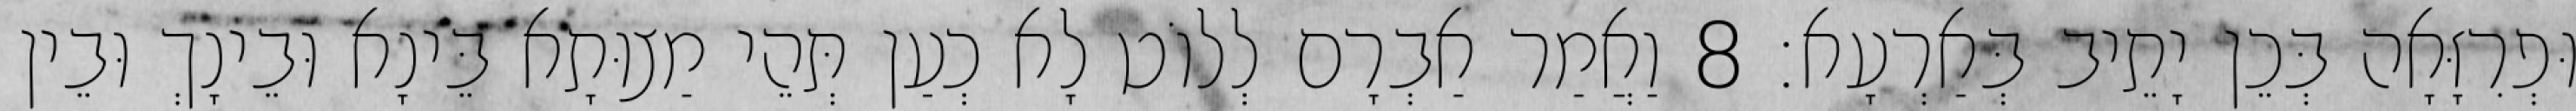
וּפְרִזָּאָה בְּכֵן יָתֵיב בְּאַרְעָא׃ 8 וַאֲמַר אַבְרָם לְלוֹט לָא כְעַן תְּהֵי מַצוּתָא בֵּינָא וּבֵינָךְ וּבֵין